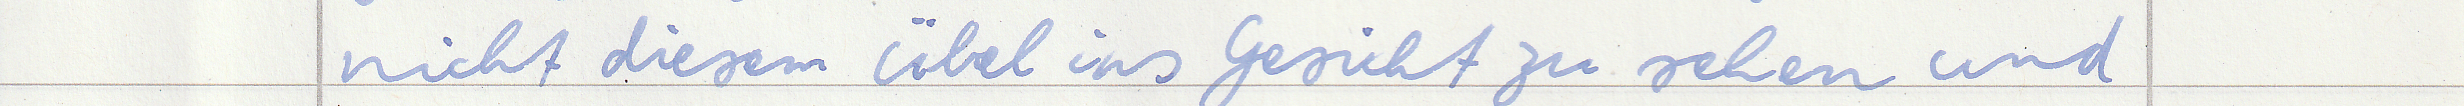
nicht diesem Übel ins Gesicht zu sehen und